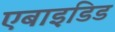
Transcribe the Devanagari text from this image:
एबाइडिड